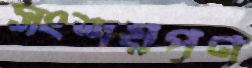
সংশয়পূর্ণ